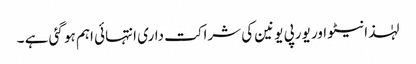
لہٰذا نیٹو اور یورپی یونین کی شراکت داری انتہائی اہم ہو گئی ہے ۔